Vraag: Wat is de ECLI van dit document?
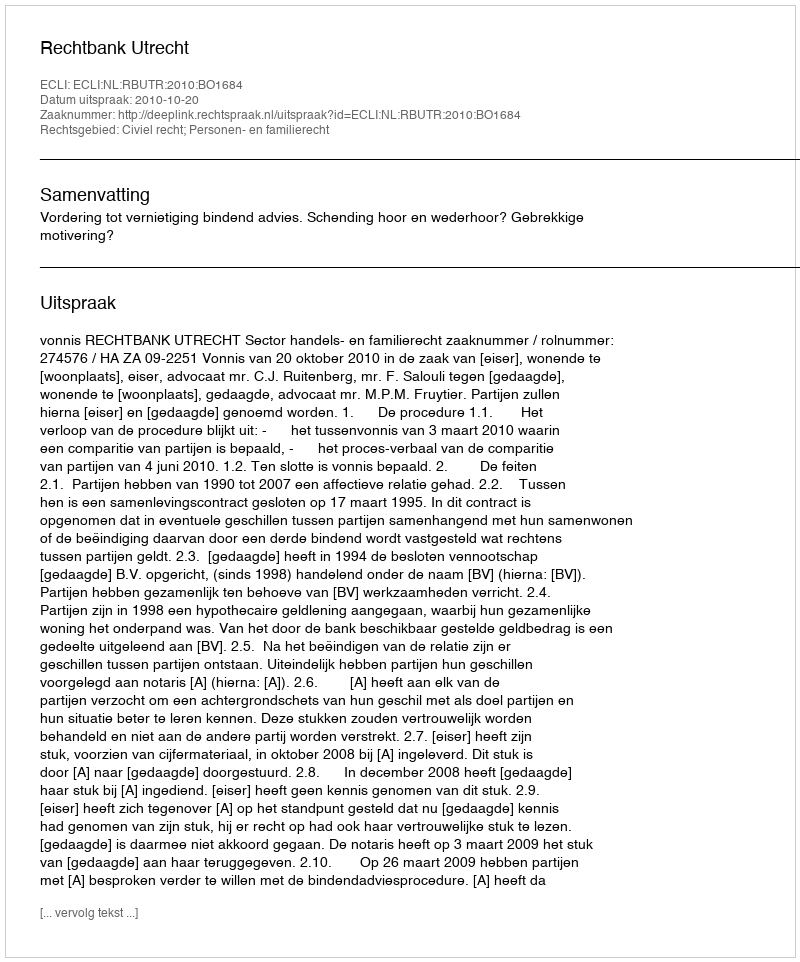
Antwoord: ECLI:NL:RBUTR:2010:BO1684